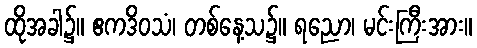
ထိုအခါ၌။ ဧကဒိဝသံ၊ တစ်နေ့သ၌။ ရညော၊ မင်းကြီးအား။